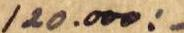
120.000:-